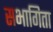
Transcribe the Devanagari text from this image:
सभागिता